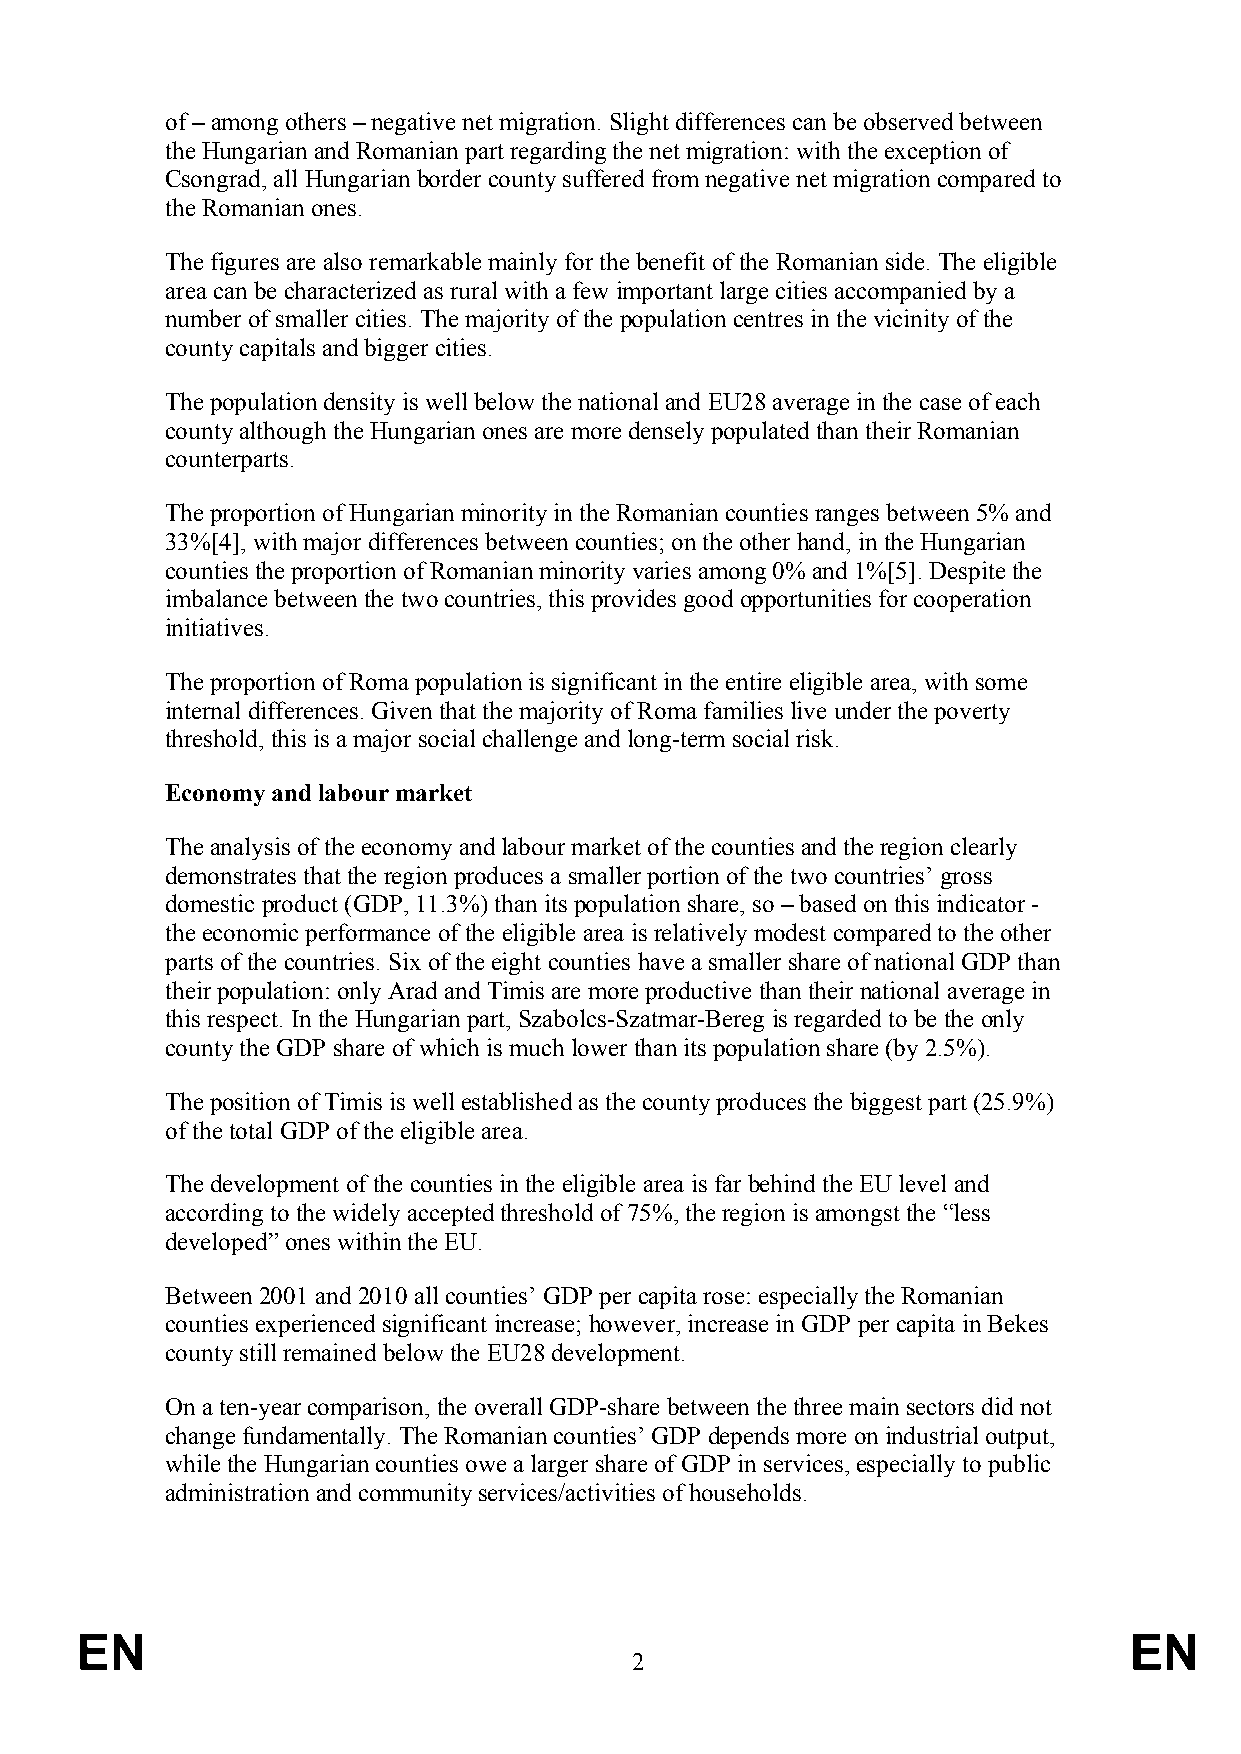
of – among others – negative net migration. Slight differences can be observed between
 the Hungarian and Romanian part regarding the net migration: with the exception of
 Csongrad, all Hungarian border county suffered from negative net migration compared to
 the Romanian ones.
 The figures are also remarkable mainly for the benefit of the Romanian side. The eligible
 area can be characterized as rural with a few important large cities accompanied by a
 number of smaller cities. The majority of the population centres in the vicinity of the
 county capitals and bigger cities.
 The population density is well below the national and EU28 average in the case of each
 county although the Hungarian ones are more densely populated than their Romanian
 counterparts.
 The proportion of Hungarian minority in the Romanian counties ranges between 5% and
 33%[4], with major differences between counties; on the other hand, in the Hungarian
 counties the proportion of Romanian minority varies among 0% and 1%[5]. Despite the
 imbalance between the two countries, this provides good opportunities for cooperation
 initiatives.
 The proportion of Roma population is significant in the entire eligible area, with some
 internal differences. Given that the majority of Roma families live under the poverty
 threshold, this is a major social challenge and long-term social risk.
 Economy and labour market
 The analysis of the economy and labour market of the counties and the region clearly
 demonstrates that the region produces a smaller portion of the two countries’ gross
 domestic product (GDP, 11.3%) than its population share, so – based on this indicator -
 the economic performance of the eligible area is relatively modest compared to the other
 parts of the countries. Six of the eight counties have a smaller share of national GDP than
 their population: only Arad and Timis are more productive than their national average in
 this respect. In the Hungarian part, Szabolcs-Szatmar-Bereg is regarded to be the only
 county the GDP share of which is much lower than its population share (by 2.5%).
 The position of Timis is well established as the county produces the biggest part (25.9%)
 of the total GDP of the eligible area.
 The development of the counties in the eligible area is far behind the EU level and
 according to the widely accepted threshold of 75%, the region is amongst the “less
 developed” ones within the EU.
 Between 2001 and 2010 all counties’ GDP per capita rose: especially the Romanian
 counties experienced significant increase; however, increase in GDP per capita in Bekes
 county still remained below the EU28 development.
 On a ten-year comparison, the overall GDP-share between the three main sectors did not
 change fundamentally. The Romanian counties’ GDP depends more on industrial output,
 while the Hungarian counties owe a larger share of GDP in services, especially to public
 administration and community services/activities of households.
 EN                                                                    EN
 2